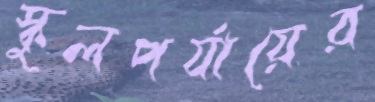
স্কুলপর্যায়ের